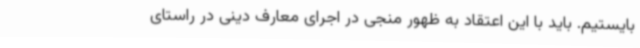
بایستیم. باید با این اعتقاد به ظهور منجی در اجرای معارف دینی در راستای